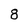
Character: 8